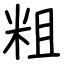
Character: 粗